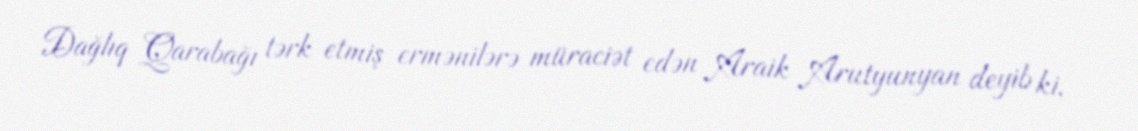
Dağlıq Qarabağı tərk etmiş ermənilərə müraciət edən Araik Arutyunyan deyib ki,